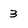
Character: 3